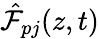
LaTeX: \hat{\cal F}_{pj}(z,t)